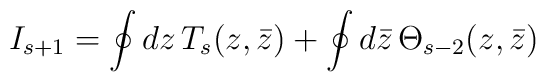
I_{s+1}=\oint dz\, T_{s}(z,\bar{z})+\oint d\bar{z}\, \Theta _{s-2}(z,\bar{z})